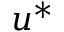
u ^ { * }